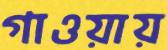
গাওয়ায়